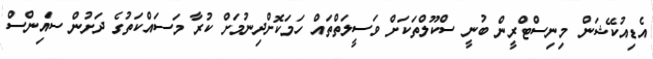
އެޑިއުކޭޝަން މިނިސްޓްރީން ބުނީ ސްކޫލްތަކަށް ވަސީލަތްތައް ހަމަކޮށްދިނުމަށް ކުރާ މަސައްކަތުގެ ދަށުން ސައިންސް